system: You are a helpful assistant.
user:
Analyze the provided spectrum to determine if it is a **S-type Star**.

- **Key Indicators for S-type Star:**

    - **(Overall Spectrum Shape):** The first and most obvious characteristic is the overall continuum (the "baseline" shape). It is **extremely "red-sloping,"** meaning the flux (light intensity) is very low on the left side (blue, ~4000-4500 Å) and rises steeply and continuously toward the right side (red, ~7000 Å+).

    - **(Primary):** The spectrum is defined by the presence of strong, broad molecular absorption "valleys" (bands) from **Zirconium Oxide (ZrO)**. The identification of these bands is the **primary requirement** for classifying a star as S-type.
        - **(Key Bandheads):** You must find distinct, deep "dips" where the light has been absorbed. The most critical band systems to locate are:
            - **~6474 Å** ($\gamma$-system): This is often the strongest and clearest ZrO feature, found in the red part of the spectrum.
            - **~5718 Å** & **~5551 Å** ($\beta$-system): A pair of prominent absorption features in the yellow-orange part of the spectrum.
            - **~4640 Å** ($\alpha$-system): A key absorption band system in the blue-green region of the spectrum.

    - **(Secondary Confirmation):** The classification is strengthened by finding additional absorption bands from other related heavy element oxides, which are expected to be present alongside ZrO.
        - **(Key Bandheads):**
            - **Yttrium Oxide (YO):** Look for absorption dips near **~4800 Å** and **~6100 Å**.
            - **Lanthanum Oxide (LaO):** Additional absorption features, particularly in the red-orange part of the spectrum, are also characteristic.

    - **(Line Profile):** The combination of the steep red continuum and these numerous, deep molecular bands (ZrO, YO, etc.) gives the entire spectrum a very **"chopped-up"** or **"bumpy"** appearance. Instead of a smooth curve, the spectrum looks as though large, wide chunks of light have been "carved out" of it at the specific wavelengths listed above.

Think first, call **spectral_visualization_tool** if needed to examine features in detail, then provide your final answer. Your response must adhere to the following strict rules:
1.  **Overall Structure:** Your response must follow the format `<think>...</think> <tool_call>...</tool_call> (if a tool is used) <answer>...</answer>`.
2.  **Tool Usage Constraint:** You may only make **one** tool call per turn.
3.  **Final Answer Format:** In the `<answer>` tag, your conclusion must be inside a `\boxed{}` command (e.g., `\boxed{YES}` or `\boxed{NO}`), followed by your justification.

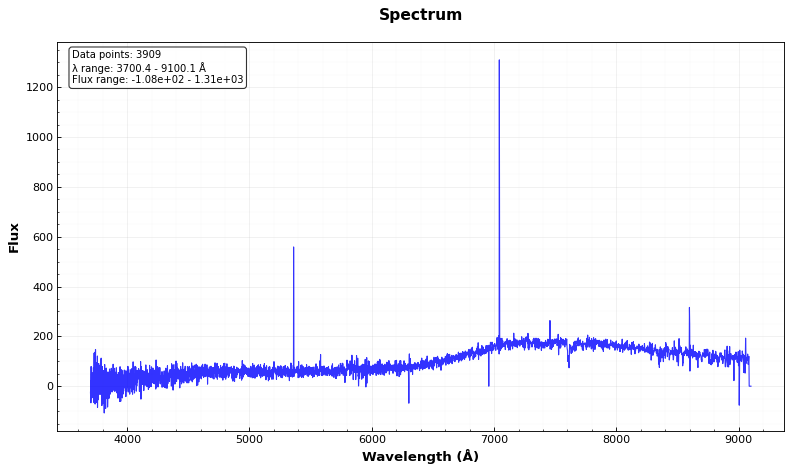
Answer: NO